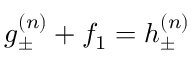
g _ { \pm } ^ { ( n ) } + f _ { 1 } = h _ { \pm } ^ { ( n ) }